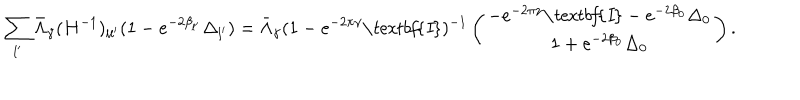
\sum _ { l ^ { \prime } } \bar { \Lambda } _ { \gamma } ( H ^ { - 1 } ) _ { l l ^ { \prime } } ( 1 - e ^ { - 2 \beta _ { l ^ { \prime } } } \Delta _ { l ^ { \prime } } ) = \bar { \Lambda } _ { \gamma } ( 1 - e ^ { - 2 \pi \gamma } \textit { \textbf { I } } ) ^ { - 1 } \left( \begin{array} { c } { { - e ^ { - 2 \pi \gamma } \textit { \textbf { I } } - e ^ { - 2 \beta _ { 0 } } \Delta _ { 0 } } } \\ { { 1 + e ^ { - 2 \beta _ { 0 } } \Delta _ { 0 } } } \\ \end{array} \right) .